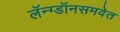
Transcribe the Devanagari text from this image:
लॅन्ग्डॉनसमवेत